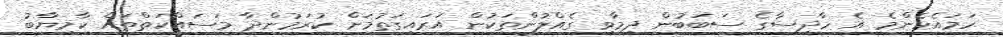
ހަމައެހެންމެ އެ ހާދިސާގެ ސަބަބުން ދިމާވި ގެއްލުުންތަކުން އަރައިގަތުމަށް ކުރަމުންދާ މަސައްކަތްތައް ކާމިޔާބު